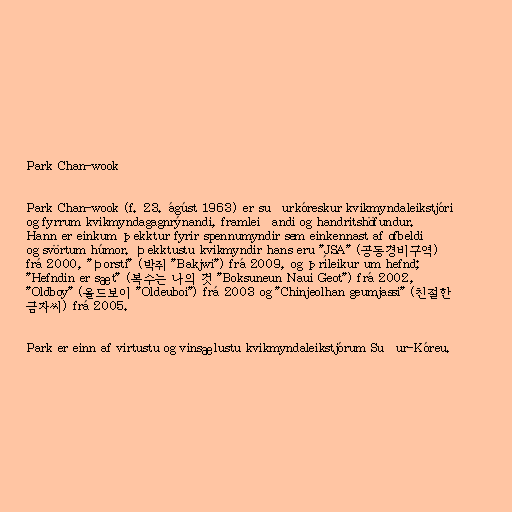
Park Chan-wook

Park Chan-wook (f. 23. ágúst 1963) er suðurkóreskur kvikmyndaleikstjóri
og fyrrum kvikmyndagagnrýnandi, framleiðandi og handritshöfundur.
Hann er einkum þekktur fyrir spennumyndir sem einkennast af ofbeldi
og svörtum húmor. Þekktustu kvikmyndir hans eru "JSA" (공동경비구역)
frá 2000, "Þorsti" (박쥐 "Bakjwi") frá 2009, og þríleikur um hefnd;
"Hefndin er sæt" (복수는 나의 것 "Boksuneun Naui Geot") frá 2002,
"Oldboy" (올드보이 "Oldeuboi") frá 2003 og "Chinjeolhan geumjassi" (친절한
금자씨) frá 2005.

Park er einn af virtustu og vinsælustu kvikmyndaleikstjórum Suður-Kóreu.